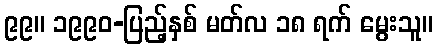
၉၉။ ၁၉၉၀-ပြည့်နှစ် မတ်လ ၁၈ ရက် မွေးသူ။